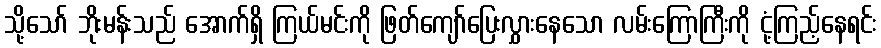
သို့သော် ဘိုးမန်းသည် အောက်ရှိ ကြယ်မင်းကို ဖြတ်ကျော်ပြေးလွှားနေသော လမ်းကြောကြီးကို ငုံ့ကြည့်နေရင်း